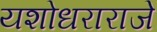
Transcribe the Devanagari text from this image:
यशोधराराजे